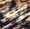
إنه